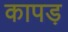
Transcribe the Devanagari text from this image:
कापड़